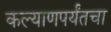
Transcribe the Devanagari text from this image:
कल्याणपर्यंतचा